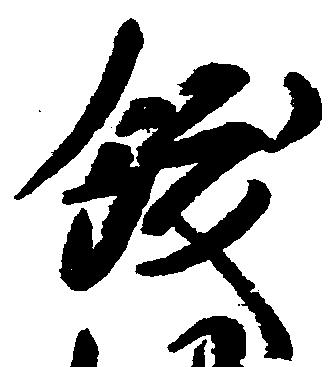
飫